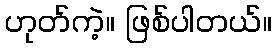
ဟုတ်ကဲ့။ ဖြစ်ပါတယ်။